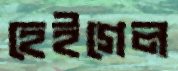
হেইগেল